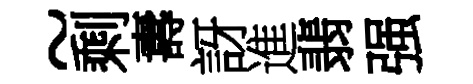
~剩夀訝進翡强